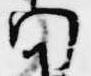
門